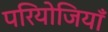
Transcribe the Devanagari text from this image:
परियोजियाँ